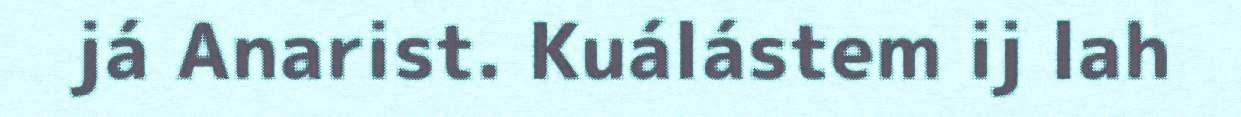
já Anarist. Kuálástem ij lah